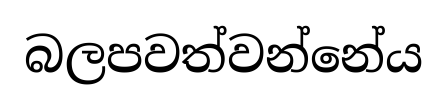
බලපවත්වන්නේය